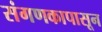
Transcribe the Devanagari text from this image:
संगणकापासून